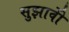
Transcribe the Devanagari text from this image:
सुझावोें